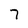
Character: 7